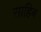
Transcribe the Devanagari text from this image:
साहिब